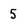
Character: 5